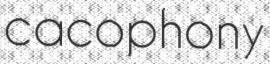
cacophony